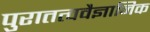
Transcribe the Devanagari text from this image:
पुरातत्ववैज्ञानिक